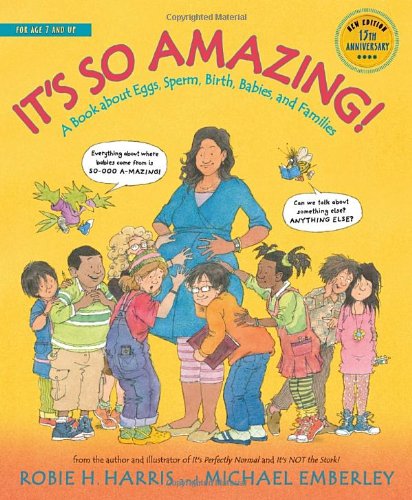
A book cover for It's So Amazing!: A Book about Eggs, Sperm, Birth, Babies, and Families (The Family Library); Robie H. Harris; Children's Books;